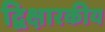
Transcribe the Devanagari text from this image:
द्विक्षारकीय